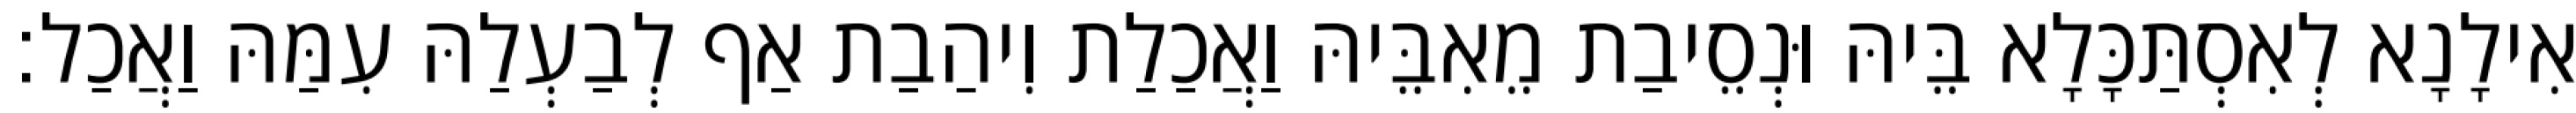
אִילָנָא לְאִסְתַּכָּלָא בֵּיהּ וּנְסֵיבַת מֵאִבֵּיהּ וַאֲכַלַת וִיהַבַת אַף לְבַעְלַהּ עִמַּהּ וַאֲכַל׃